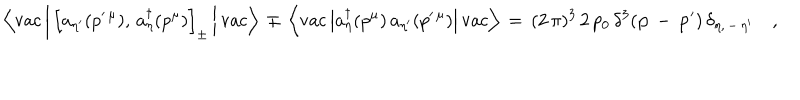
\left\langle \mathrm { v a c } \left\vert \, \left[ a _ { \eta ^ { \prime } } ( p ^ { \prime \, \mu } ) , \, a _ { \eta } ^ { \dagger } ( p ^ { \mu } ) \right] _ { \pm } \, \right\vert \mathrm { v a c } \right\rangle \, \mp \, \left\langle \mathrm { v a c } \left\vert a _ { \eta } ^ { \dagger } ( p ^ { \mu } ) \, a _ { \eta ^ { \prime } } ( p ^ { \prime \, \mu } ) \right\vert \mathrm { v a c } \right\rangle \, = \, ( 2 \, \pi ) ^ { 3 } \, 2 \, p _ { 0 } \, \delta ^ { 3 } ( { \bf p } \, - \, { \bf p } ^ { \prime } ) \, \delta _ { \eta , \, - \, \eta ^ { \prime } } \quad ,